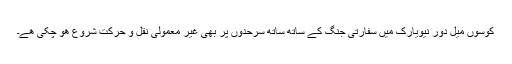
کوسوں میل دور نیویارک میں سفارتی جنگ کے ساتھ ساتھ سرحدوں پر بھی غیر معمولی نقل و حرکت شروع ھو چکی ھے۔